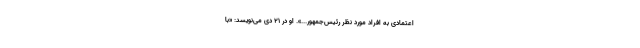
اعتمادى به افراد مورد نظر رئیس‌جمهور...». او در 21 دی می‌نویسد: «با